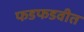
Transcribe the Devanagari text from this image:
फडफडवीत